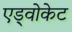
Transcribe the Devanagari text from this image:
एड्वोकेट